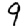
Digit: 9